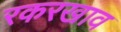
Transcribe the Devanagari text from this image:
रकरखाव